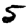
Digit: 5